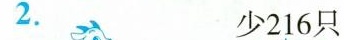
2. 少216只